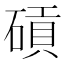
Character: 碽